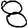
Digit: 8